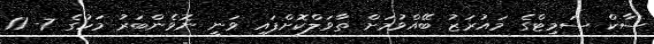
ސާކް ސަމިޓްގެ މައުރަޒު ބޭއްވުމަށް ތާވަލްކޮށްފައި ވަނީ ނޮވެންބަރު މަހުގެ 7- 11